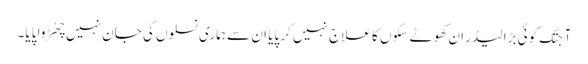
آجتک کوئی بڑا لیڈر ان کھوٹے سِکوں کا علاج نہیں کر پایا ان سے ہماری نسلوں کی جان نہیں چھُڑوا پایا۔